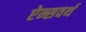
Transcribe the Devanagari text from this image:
ऐन्सवर्थ